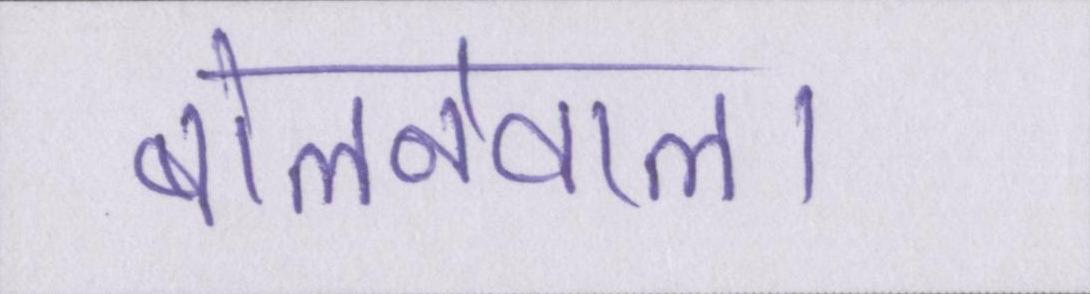
बोलनेवाला